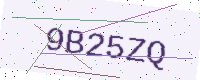
Text: 9B25ZQ